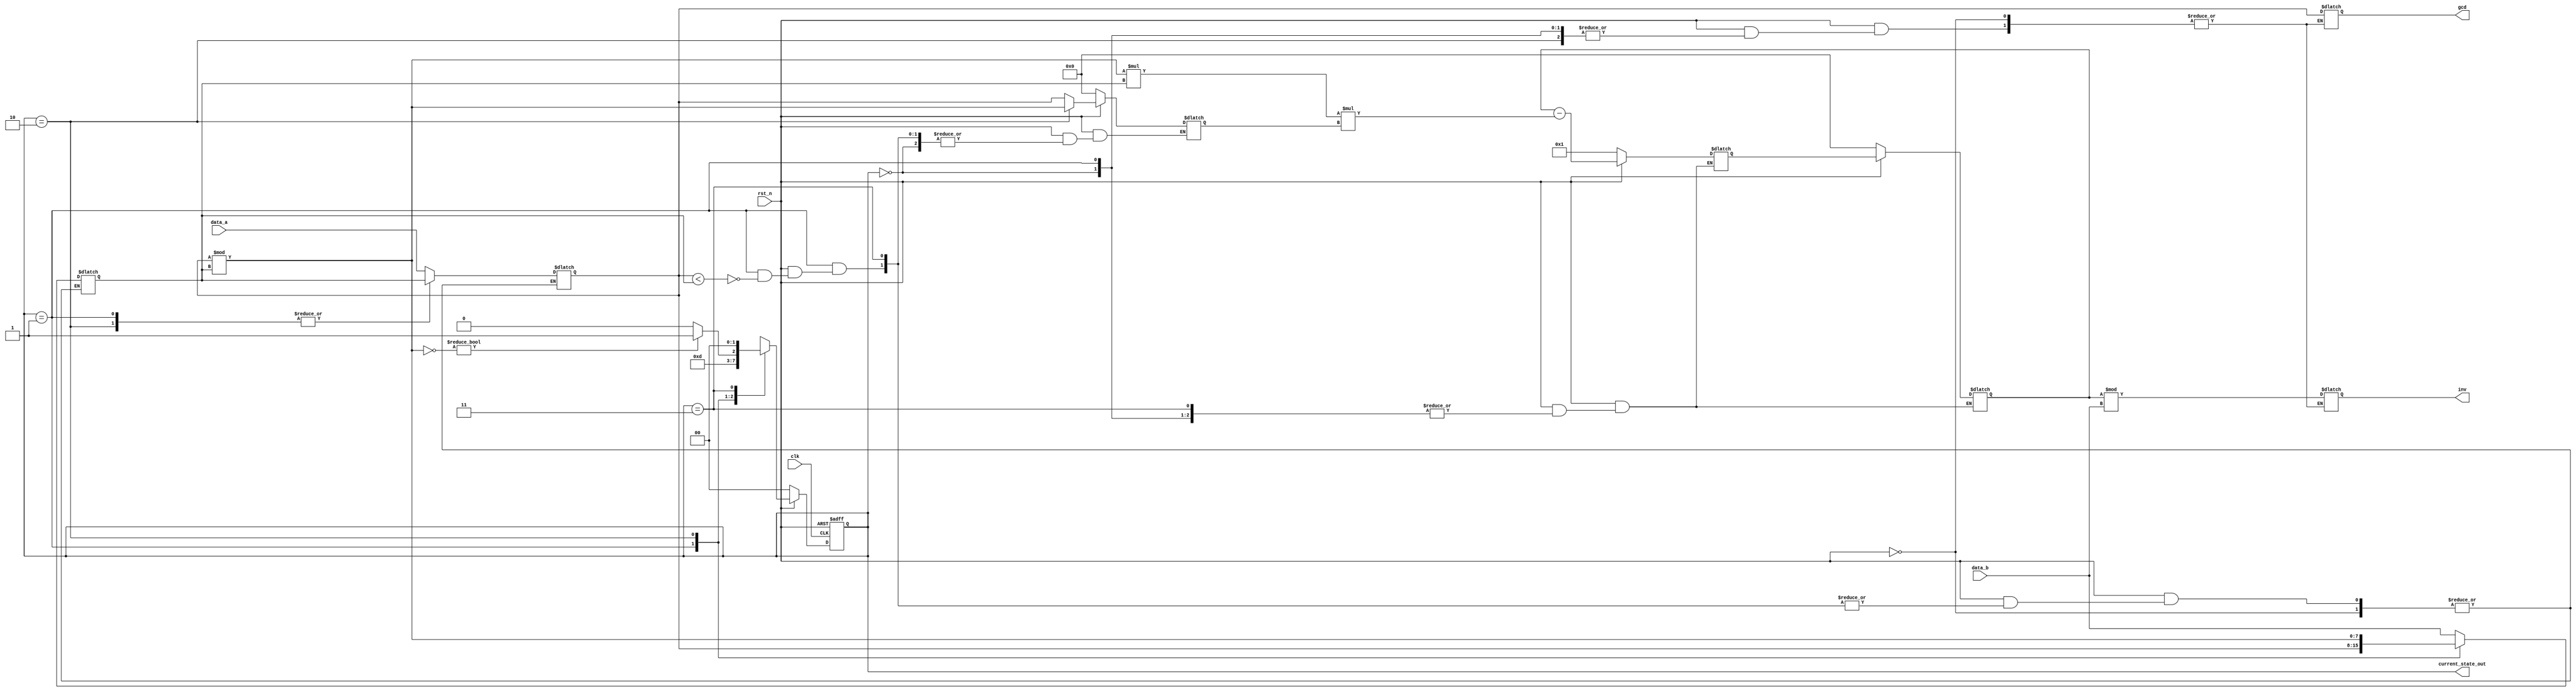
module exgcd (
	input 	clk,    // Clock
	// input clk_en, // Clock Enable
	input 	rst_n,  // Asynchronous reset active low
	input	[7:0] data_a,
	input 	[7:0] data_b,
	output 	[7:0] gcd,
	output  [7:0] inv,
//-----------------<temporary output>-----------------//
	output 	[1:0] current_state_out
);

localparam 	IDLE = 2'b00,
			COMP = 2'b01,
			CALC = 2'b10,
			FIN  = 2'b11;

reg [1:0] current_state;
reg	[1:0] next_state;
reg [7:0] a;
reg [7:0] b;

reg [7:0] m;
reg [7:0] n;
reg [7:0] x;
reg [7:0] y;

reg [7:0] d;
reg [7:0] tmp;
reg [7:0] tmpm;
reg [7:0] tmpn;
reg [7:0] gcd_result;
reg [7:0] inv_out;

assign gcd = gcd_result;
assign current_state_out = current_state;
assign inv = inv_out;

always @(posedge clk or negedge rst_n) begin : state
	if(~rst_n) begin
		current_state <= IDLE;
	end else begin
		current_state <= next_state;
	end
end

always @(*) begin : calculate
	if(~rst_n) begin
 		tmp = 8'b0;
 		x = 8'b0;
 		y = 8'b1;
 		m = 8'b1;
 		n = 8'b0;
 		next_state = IDLE;
	end else begin
		 case (current_state)
		 	IDLE : begin
		 		a = data_a;
		 		b = data_b;
		 		next_state = COMP;
		 	end
		 	COMP : begin
		 		if (a < b) begin
		 			tmp = a;
		 			a = b;
		 			b = tmp;
		 		end
		 		next_state = CALC;
		 	end
		 	CALC : begin
		 		d = (a % b) * b;
		 		tmpm = m;
		 		m = x - d * tmp;
		 		x = tmpm;
		 		tmpn = n;
		 		n = y - d * tmpn;
		 		y = tmpn;
		 		tmp = a % b;
		 		a = b;
		 		b = tmp;
		 		if (~b) next_state = FIN;
		 		else next_state = CALC;
		 	end
		 	FIN : begin
		 		gcd_result = a;
		 		inv_out = x % data_b;
		 		next_state = IDLE;
		 	end
		 	default : begin 
				gcd_result = 8'b0;
				inv_out = 8'b1;
		 	end 
		 endcase
	end
end

endmodule